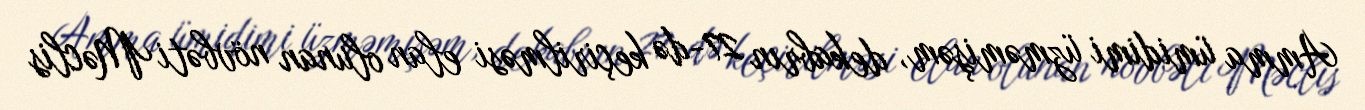
Amma ümidimi üzməmişəm, dekabrın 27-də keçirilməsi elan olunan növbəti Məclis